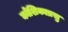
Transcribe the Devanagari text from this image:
कोशिकाप्रसु